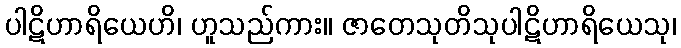
ပါဋိဟာရိယေဟိ၊ ဟူသည်ကား။ ဇာတေသုတိသုပါဋိဟာရိယေသု၊